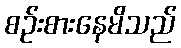
စဉ်းစားနေမိသည်